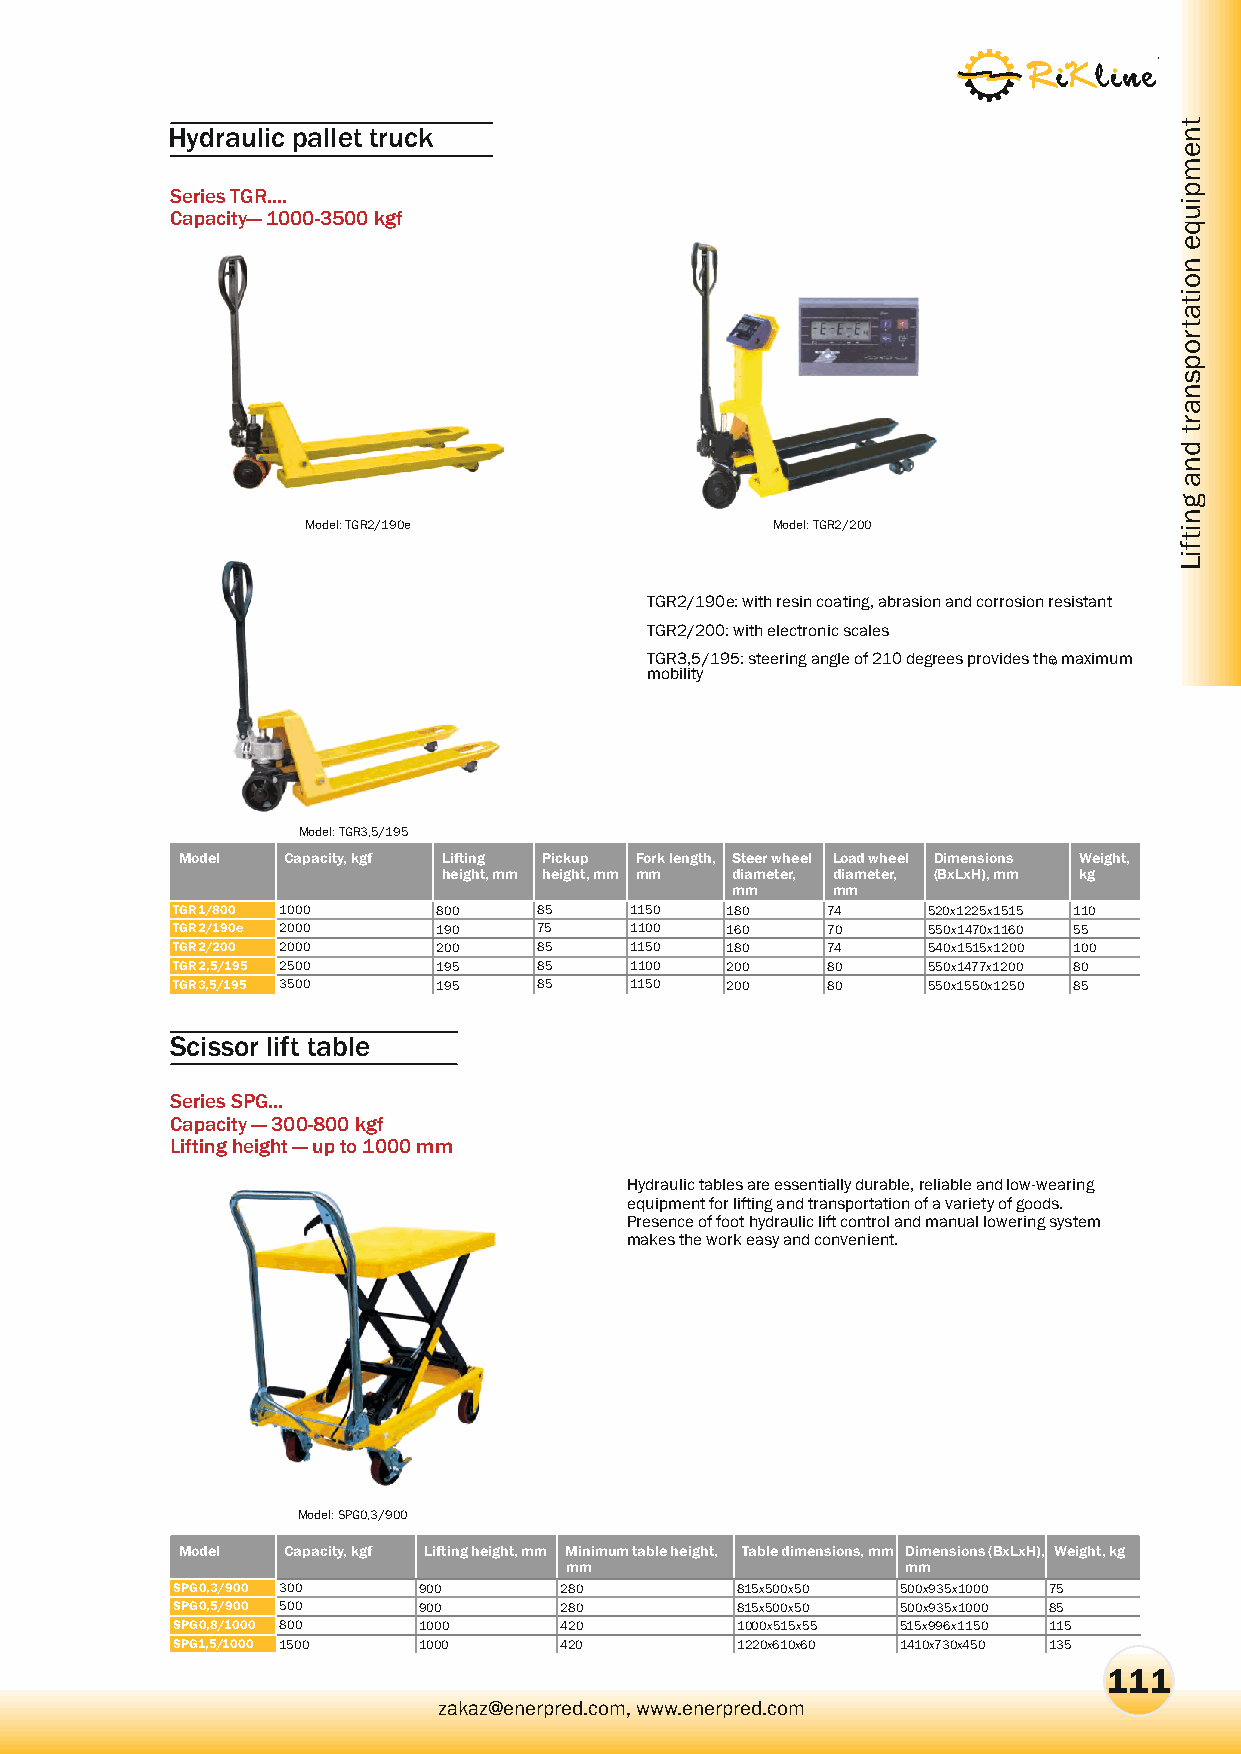
Hydraulic pallet truck
 Series TGR....
 Capacity— 1000-3500 kgf
 Model: TGR2/190e               Model: TGR2/200
 TGR2/190e: with resin coating, abrasion and corrosion resistant
 TGR2/200: with electronic scales
 TGR3,5/195: steering angle of 210 degrees provides the maximum
 mobility
 Model: TGR3,5/195
 Model  Capacity, kgf Lifting Pickup Fork length, Steer wheel Load wheel Dimensions Weight,
 height, mm height, mm mm diameter, diameter, (BxLxH), mm kg
 mm     mm
 TGR1/800 1000     800    85    1150  180    74    520õ1225õ1515 110
 TGR2/190e 2000    190    75    1100  160    70    550õ1470õ1160 55
 TGR2/200 2000     200    85    1150  180    74    540õ1515õ1200 100
 TGR2,5/195 2500   195    85    1100  200    80    550õ1477õ1200 80
 TGR3,5/195 3500   195    85    1150  200    80    550õ1550õ1250 85
 Scissor lift table
 Series SPG...
 Capacity — 300-800 kgf
 Lifting height — up to 1000 mm
 Hydraulic tables are essentially durable, reliable and low-wearing
 equipment for lifting and transportation of a variety of goods.
 Presence of foot hydraulic lift control and manual lowering system
 makes the work easy and convenient.
 Model: SPG0,3/900
 Model  Capacity, kgf Lifting height, mm Minimum table height, Table dimensions, mm Dimensions (BxLxH), Weight, kg
 Ìîäåëü: ÑÏÃ0,3/900 mm                   mm
 SPG0,3/900 300   900      280         815õ500õ50 500õ935õ1000 75
 SPG0,5/900 500   900      280         815õ500õ50 500õ935õ1000 85
 SPG0,8/1000 800  1000     420         1000õ515õ55 515õ996õ1150 115
 SPG1,5/1000 1500 1000     420         1220x610x60 1410x730x450 135
 111
 zakaz@enerpred.com, www.enerpred.com
 tnempiuqe
 noitatropsnart
 dna
 gnitfiL